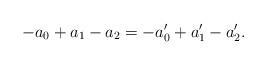
LaTeX: \begin{align*}-a_0+a_1-a_2 = -a'_0+a'_1-a'_2.\end{align*}